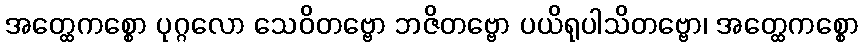
အတ္ထေကစ္စော ပုဂ္ဂလော သေဝိတဗ္ဗော ဘဇိတဗ္ဗော ပယိရုပါသိတဗ္ဗော၊ အတ္ထေကစ္စော